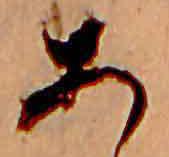
あ